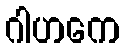
ဂါဟကေ